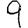
Digit: 9